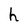
Character: h